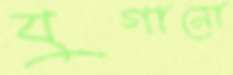
যুগানো